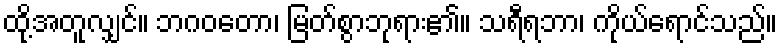
ထို့အတူလျှင်။ ဘဂဝတော၊ မြတ်စွာဘုရား၏။ သရီရဘာ၊ ကိုယ်ရောင်သည်။